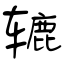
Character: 辘